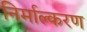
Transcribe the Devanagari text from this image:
निर्माल्करण